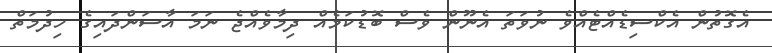
އެގޮތުން އެކްސިޑެއްޓެއްވެ ނުވަތަ އެނޫން ވެސް ބޮޑުކަމެއް ދިމާވެއްޖެ ނަމަ އާސަންދައިގެ ހިދުމަތް